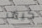
كيف